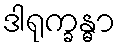
ဒါရုက္ခန္ဓာ